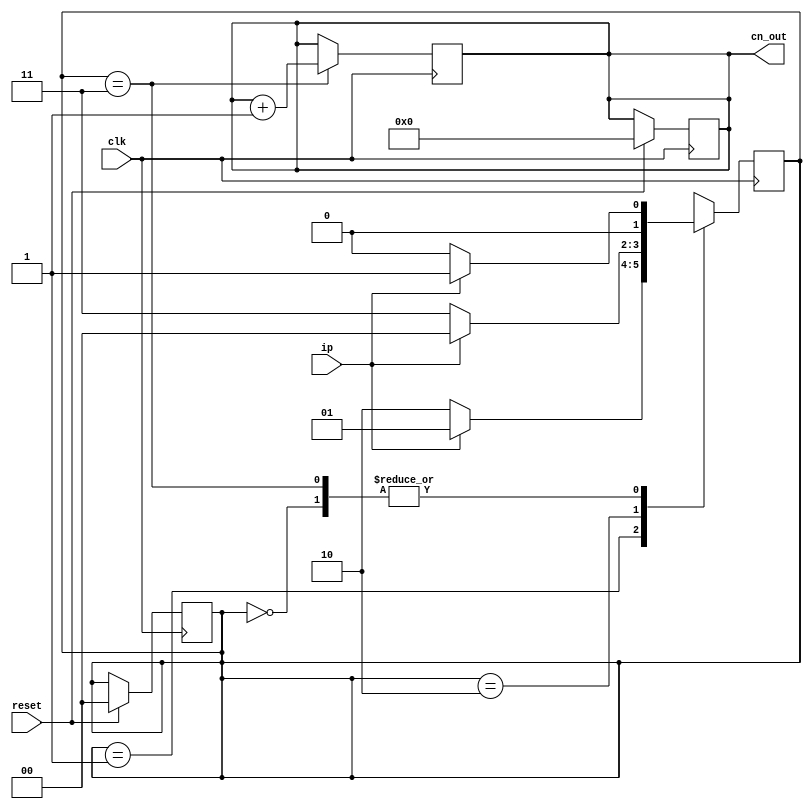
// question: Construct a moore machine that counts the number of abb in a sequence of a,b
// there are four states 

// In the theory of computation, a Moore machine is a finite-state machine whose current output 
// values are determined only by its current state. This is in contrast to a Mealy machine, whose 
// output values are determined both by its current state and by the values of its inputs.

module abb_count(ip,clk,reset,cn_out);
input ip,reset,clk;
output reg [3:0] cn_out = 0;

parameter st1=2'b00;
parameter st2=2'b01;
parameter st3=2'b10;
parameter st4=2'b11;

reg [1:0] state;

always @(posedge clk) begin
    if (reset) begin
        cn_out <= 0;
        state <= st1;
    end
end
always @(posedge clk) begin
        case (state)
            st1 : begin if (ip) state <= st2;
                    else state <= st1; end
            st2 : begin if (!ip) state <= st3;
                    else state <= st2; end
            st3 : begin if (!ip) state <= st4;
                    else state <= st1; end
            st4 : begin cn_out <= cn_out+1;
                    if (ip) state <= st2;
                   else state <= st1;end
            default:
                state <= st1;
        endcase
    end

endmodule